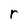
Character: r